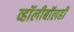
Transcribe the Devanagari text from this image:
व्हॉलीबॉलही